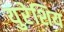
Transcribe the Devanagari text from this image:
युरेशिय